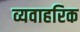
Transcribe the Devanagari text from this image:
व्यवाहरिक